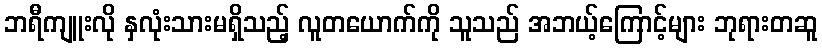
ဘရီကျူးလို နှလုံးသားမရှိသည့် လူတယောက်ကို သူသည် အဘယ့်ကြောင့်များ ဘုရားတဆူ